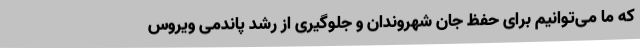
که ما می‌توانیم برای حفظ جان شهروندان و جلوگیری از رشد پاندمی ویروس